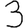
Digit: 3